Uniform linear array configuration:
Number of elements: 16
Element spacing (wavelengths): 0.25
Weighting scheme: blackman
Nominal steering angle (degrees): -30
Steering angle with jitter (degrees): -28.695
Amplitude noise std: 0.05
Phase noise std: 0.05

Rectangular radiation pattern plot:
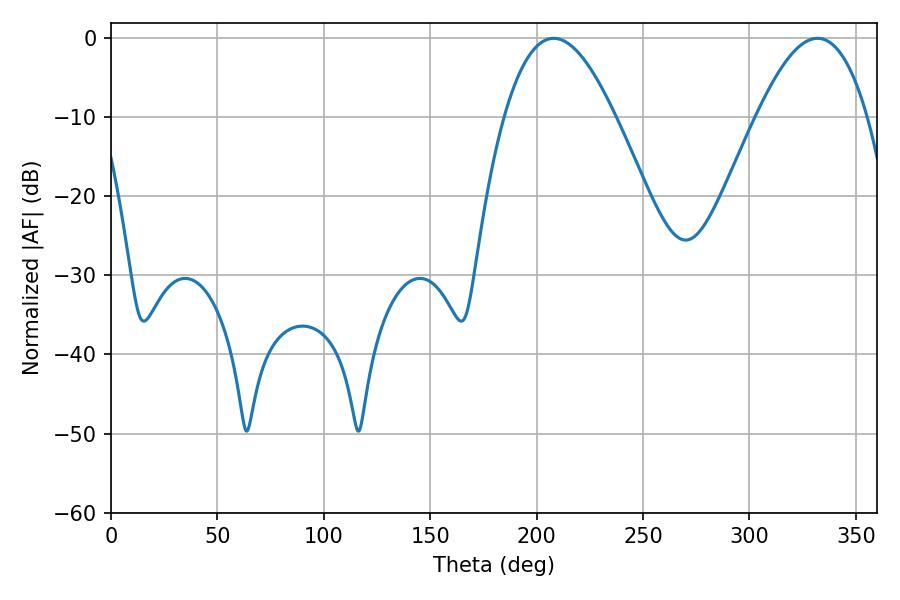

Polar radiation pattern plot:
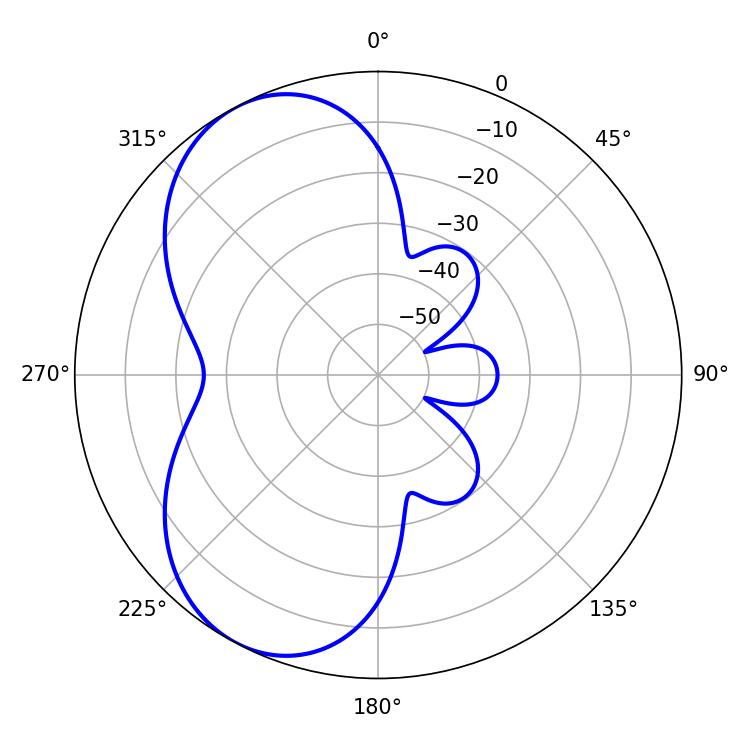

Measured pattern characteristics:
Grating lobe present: FALSE
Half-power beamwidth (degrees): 28.26
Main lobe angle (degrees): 208.08